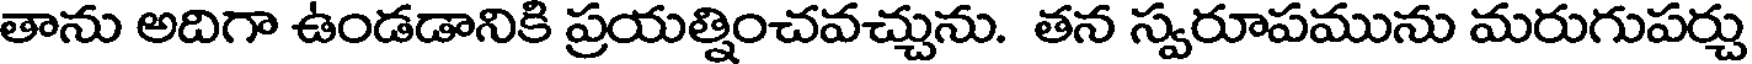
తాను అదిగా ఉండడానికి ప్రయత్నించవచ్చును. తన స్వరూపమును మరుగుపర్చు